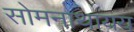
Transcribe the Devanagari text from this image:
सोमनाथायय